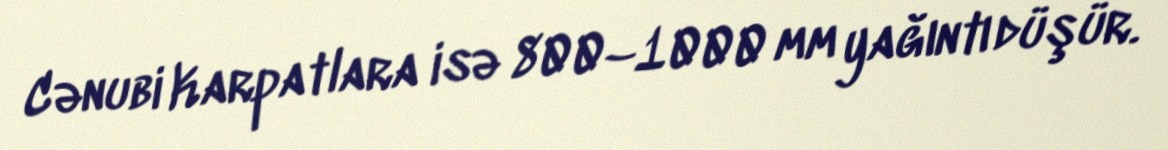
Cənubi Karpatlara isə 800–1000 mm yağıntı düşür.